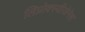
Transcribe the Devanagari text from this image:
लिप्रोक्स्यीजेनेस